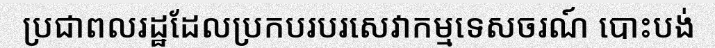
ប្រជាពលរដ្ឋដែលប្រកបរបរសេវាកម្មទេសចរណ៍ បោះបង់